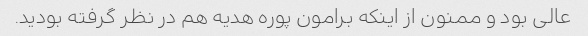
عالی بود و ممنون از اینکه برامون پوره هدیه هم در نظر گرفته بودید.